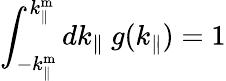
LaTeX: \int_{-k_{\parallel}^{\mathrm{m}}}^{k_{\parallel}^{\mathrm{m}}}dk_{\parallel}~g(k_{\parallel})=1